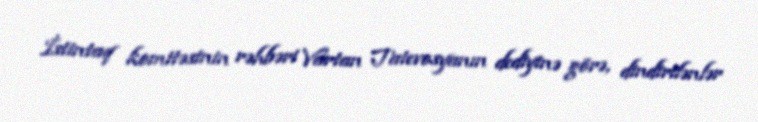
İstintaq komitəsinin rəhbəri Vartan Tatevosyanın dediyinə görə, dindirilənlər